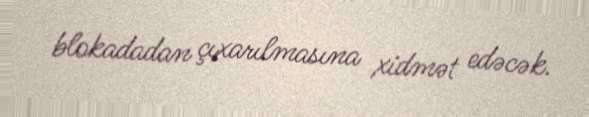
blokadadan çıxarılmasına xidmət edəcək.